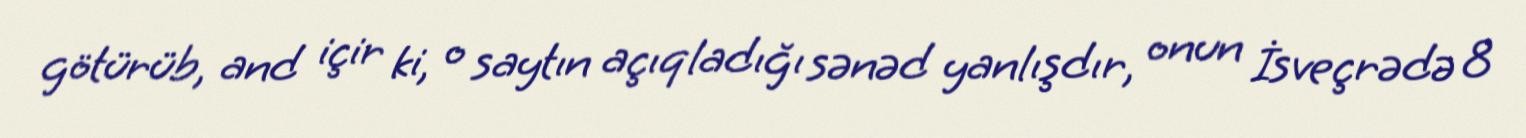
götürüb, and içir ki, o saytın açıqladığı sənəd yanlışdır, onun İsveçrədə 8